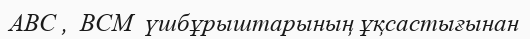
ABC ,  BCM  үшбұрыштарының ұқсастығынан